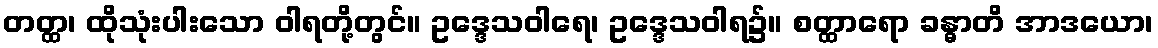
တတ္ထ၊ ထိုသုံးပါးသော ဝါရတို့တွင်။ ဥဒ္ဒေသဝါရေ၊ ဥဒ္ဒေသဝါရ၌။ စတ္ထာရော ခန္ဓာတိ အာဒယော၊